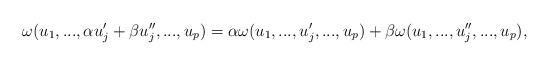
LaTeX: \begin{align*}\omega ( u_1, ..., \alpha u'_j+\beta u''_j, ..., u_p ) = \alpha \omega ( u_1, ... , u_j', ... , u_p ) + \beta \omega ( u_1, ... , u_j'', ..., u_p ),\end{align*}